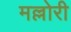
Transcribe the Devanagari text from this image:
मल्लोरी